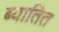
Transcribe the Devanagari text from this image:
ब्यातित